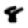
Digit: 8